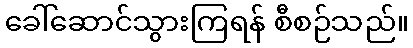
ခေါ်ဆောင်သွားကြရန် စီစဉ်သည်။